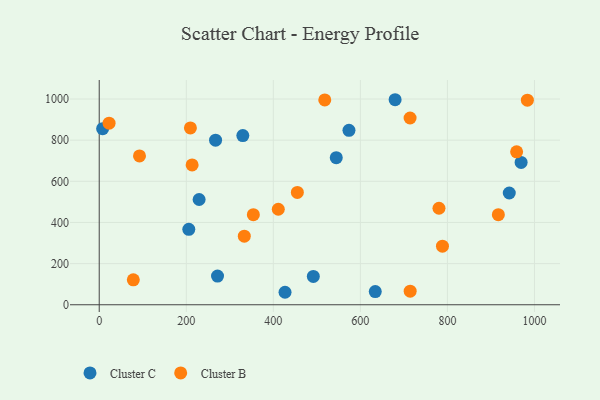
{"axis": {"x": "Price", "y": "Fuel Efficiency"}, "legend": ["Cluster B", "Cluster C"], "data": [{"x": "679.8", "y": 996.5, "type": "Cluster C"}, {"x": "942.1", "y": 543.1, "type": "Cluster C"}, {"x": "267.3", "y": 799.9, "type": "Cluster C"}, {"x": "7.8", "y": 855.8, "type": "Cluster C"}, {"x": "205.8", "y": 366.4, "type": "Cluster C"}, {"x": "271.8", "y": 139.6, "type": "Cluster C"}, {"x": "573.8", "y": 847.8, "type": "Cluster C"}, {"x": "329.9", "y": 822.2, "type": "Cluster C"}, {"x": "426.9", "y": 60.7, "type": "Cluster C"}, {"x": "491.9", "y": 137.5, "type": "Cluster C"}, {"x": "229.5", "y": 511.6, "type": "Cluster C"}, {"x": "634.2", "y": 64.2, "type": "Cluster C"}, {"x": "969.3", "y": 691.9, "type": "Cluster C"}, {"x": "544.6", "y": 715.1, "type": "Cluster C"}, {"x": "213.4", "y": 679.7, "type": "Cluster B"}, {"x": "780.6", "y": 469.1, "type": "Cluster B"}, {"x": "917.0", "y": 437.9, "type": "Cluster B"}, {"x": "333.3", "y": 333.2, "type": "Cluster B"}, {"x": "354.1", "y": 437.6, "type": "Cluster B"}, {"x": "92.5", "y": 723.3, "type": "Cluster B"}, {"x": "455.2", "y": 546.2, "type": "Cluster B"}, {"x": "411.4", "y": 464.2, "type": "Cluster B"}, {"x": "22.6", "y": 882.3, "type": "Cluster B"}, {"x": "518.2", "y": 995.5, "type": "Cluster B"}, {"x": "983.7", "y": 994.2, "type": "Cluster B"}, {"x": "959.0", "y": 743.5, "type": "Cluster B"}, {"x": "714.4", "y": 66.2, "type": "Cluster B"}, {"x": "788.6", "y": 284.7, "type": "Cluster B"}, {"x": "78.3", "y": 121.3, "type": "Cluster B"}, {"x": "714.2", "y": 907.8, "type": "Cluster B"}, {"x": "209.5", "y": 859.6, "type": "Cluster B"}]}